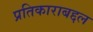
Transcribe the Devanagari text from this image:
प्रतिकाराबद्दल